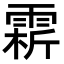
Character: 䨛